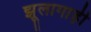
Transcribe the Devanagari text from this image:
झूलागाड़ी